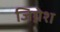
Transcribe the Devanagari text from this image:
जिग्नेश